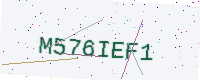
Text: M576IEF1